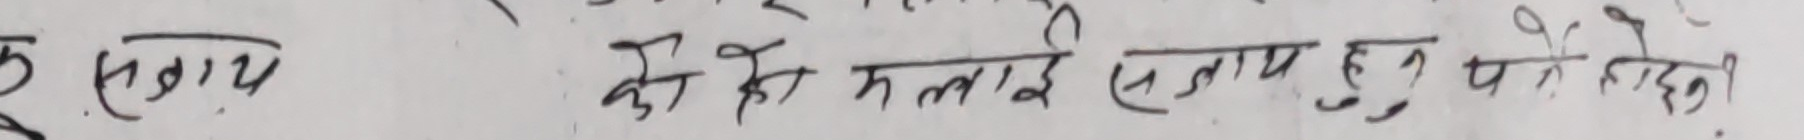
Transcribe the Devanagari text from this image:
दु सवाय के को मलाई सताए हुए पसे होइन ।